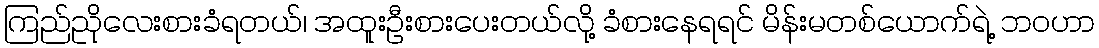
ကြည်ညိုလေးစားခံရတယ်၊ အထူးဦးစားပေးတယ်လို့ ခံစားနေရရင် မိန်းမတစ်ယောက်ရဲ့ ဘဝဟာ